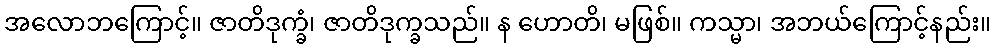
အလောဘကြောင့်။ ဇာတိဒုက္ခံ၊ ဇာတိဒုက္ခသည်။ န ဟောတိ၊ မဖြစ်။ ကသ္မာ၊ အဘယ်ကြောင့်နည်း။